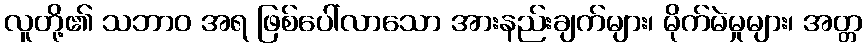
လူတို့၏ သဘာဝ အရ ဖြစ်ပေါ်လာသော အားနည်းချက်များ၊ မိုက်မဲမှုများ၊ အတ္တ